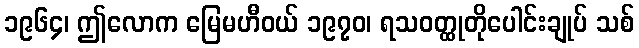
၁၉၆၄၊ ဤလောက မြေမဟီဝယ် ၁၉၇၀၊ ရသဝတ္ထုတိုပေါင်းချုပ် သစ်